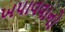
ખપાવવાનો